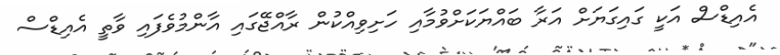
އެއިޑްސް އަކީ ގައިގަޔަށް އަރާ ބައްޔަކަށްވުމާއި ހަށިވިއްކުން ރާއްޖޭގައި އާންމުވެފައި ވާތީ އެއިޑްސް